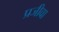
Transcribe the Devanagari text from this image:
प्रजीवा